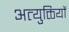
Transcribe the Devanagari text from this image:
अत्युक्तियों